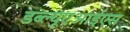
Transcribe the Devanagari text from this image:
डब्ल्यूएआईएस